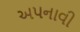
અપનાવી